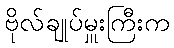
ဗိုလ်ချုပ်မှူးကြီးက